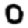
Digit: 0